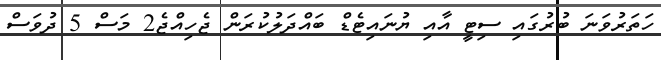
ހަތަރުވަނަ ބުރުގައި ސިޓީ އާއި ޔުނައިޓެޑް ބައްދަލުކުރަން ޖެހިއްޖެ2 މަސް 5 ދުވަސް